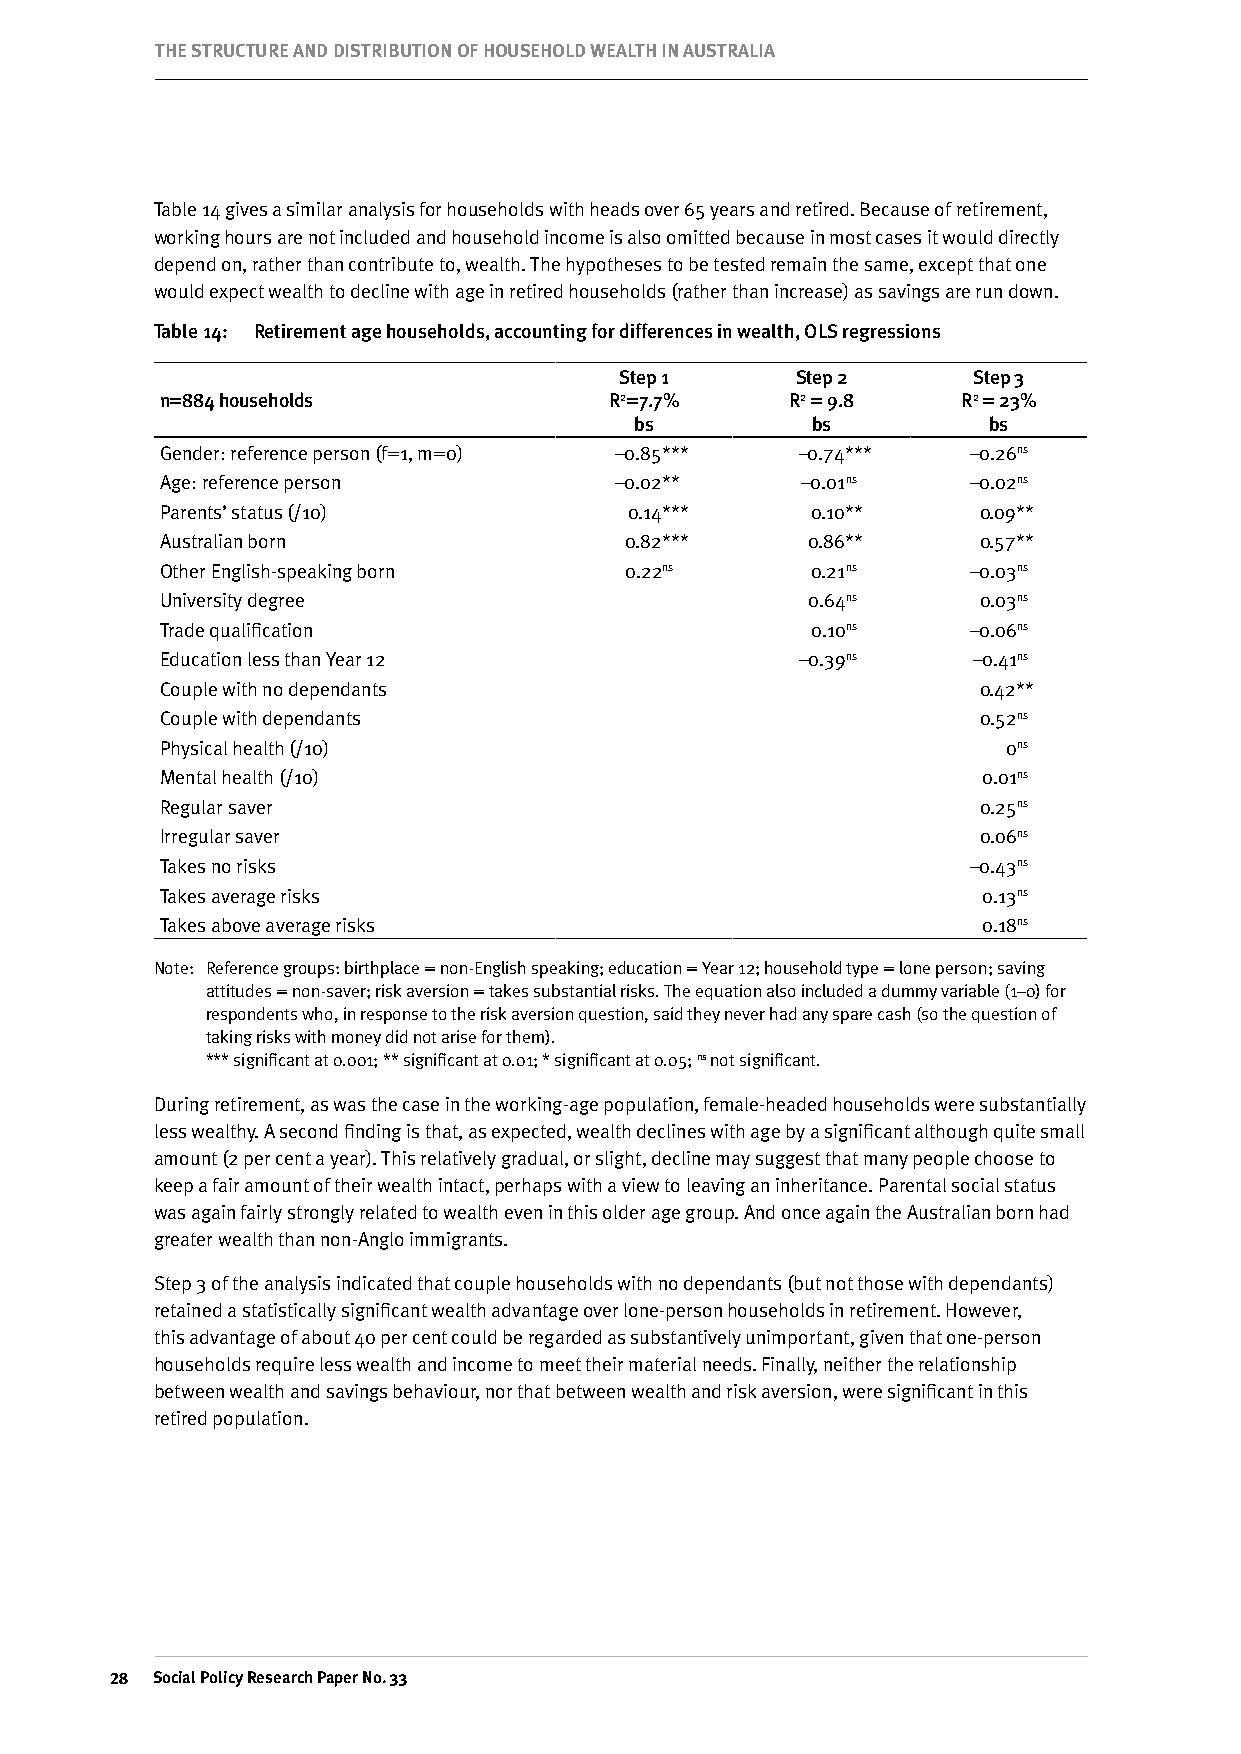
THE STRuCTuRE AND DISTRIBuTION OF HOuSEHOLD wEALTH IN AuSTRALIA
 Table 14 gives a similar analysis for households with heads over 65 years and retired. Because of retirement,
 working hours are not included and household income is also omitted because in most cases it would directly
 depend on, rather than contribute to, wealth. The hypotheses to be tested remain the same, except that one
 would expect wealth to decline with age in retired households (rather than increase) as savings are run down.
 Table 14: Retirement age households, accounting for differences in wealth, OLS regressions
 Step 1      Step 2     Step 3
 n=884 households             R2=7.7%     R2 = 9.8    R2 = 23%
 bs          bs         bs
 Gender: reference person (f=1, m=0) –0.85*** –0.74*** –0.26ns
 Age: reference person         –0.02**     –0.01ns    –0.02ns
 Parents’ status (/10)          0.14***     0.10**     0.09**
 Australian born               0.82***     0.86**      0.57**
 Other English-speaking born   0.22ns       0.21ns    –0.03ns
 University degree                         0.64ns      0.03ns
 Trade qualification                        0.10ns    –0.06ns
 Education less than Year 12               –0.39ns    –0.41ns
 Couple with no dependants                             0.42**
 Couple with dependants                                0.52ns
 Physical health (/10)                                   0ns
 Mental health (/10)                                   0.01ns
 Regular saver                                         0.25ns
 Irregular saver                                       0.06ns
 Takes no risks                                       –0.43ns
 Takes average risks                                   0.13ns
 Takes above average risks                             0.18ns
 Note: Reference groups: birthplace = non-English speaking; education = Year 12; household type = lone person; saving
 attitudes = non-saver; risk aversion = takes substantial risks. The equation also included a dummy variable (1–0) for
 respondents who, in response to the risk aversion question, said they never had any spare cash (so the question of
 taking risks with money did not arise for them).
 *** significant at 0.001; ** significant at 0.01; * significant at 0.05; ns not significant.
 During retirement, as was the case in the working-age population, female-headed households were substantially
 less wealthy. A second finding is that, as expected, wealth declines with age by a significant although quite small
 amount (2 per cent a year). This relatively gradual, or slight, decline may suggest that many people choose to
 keep a fair amount of their wealth intact, perhaps with a view to leaving an inheritance. Parental social status
 was again fairly strongly related to wealth even in this older age group. And once again the Australian born had
 greater wealth than non-Anglo immigrants.
 Step 3 of the analysis indicated that couple households with no dependants (but not those with dependants)
 retained a statistically significant wealth advantage over lone-person households in retirement. However,
 this advantage of about 40 per cent could be regarded as substantively unimportant, given that one-person
 households require less wealth and income to meet their material needs. Finally, neither the relationship
 between wealth and savings behaviour, nor that between wealth and risk aversion, were significant in this
 retired population.
  Social Policy Research Paper No. 33